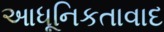
આધૂનિકતાવાદ